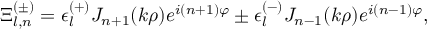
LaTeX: \Xi _ { l , n } ^ { ( \pm ) } = \epsilon _ { l } ^ { ( + ) } J _ { n + 1 } ( k \rho ) e ^ { i ( n + 1 ) \varphi } \pm \epsilon _ { l } ^ { ( - ) } J _ { n - 1 } ( k \rho ) e ^ { i ( n - 1 ) \varphi } ,